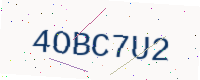
Text: 4OBC7U2